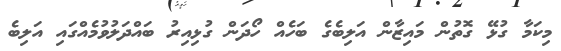
މިކަމާ ގުޅޭ ގޮތުން މައިޒާން އަލިބެގެ ބަހެއް ހޯދަން ގުޅިއިރު ބައްދަލުވުމެއްގައި އަލިބެ